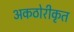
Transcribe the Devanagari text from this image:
अकठोरीकृत